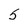
Character: 5